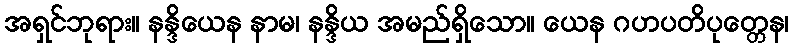
အရှင်ဘုရား။ နန္ဒိယေန နာမ၊ နန္ဒိယ အမည်ရှိသော။ ယေန ဂဟပတိပုတ္တေန၊